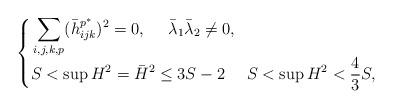
LaTeX: \begin{align*}\begin{cases}\begin{aligned}& \sum_{i,j,k,p}(\bar h^{p^{\ast}}_{ijk})^2=0, \ \ \ \ \bar\lambda_1\bar\lambda_2\neq 0, \\& S<\sup H^2=\bar H^2 \leq 3S-2 \ \ \ \ S<\sup H^2<\dfrac43S,\end{aligned}\end{cases}\end{align*}